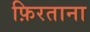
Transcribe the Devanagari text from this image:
फ़िरताना